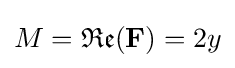
M={\mathfrak {Re}}(\mathbf {F} )=2y